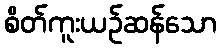
စိတ်ကူးယဉ်ဆန်သော